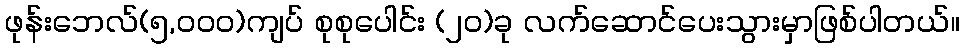
ဖုန်းဘေလ်(၅,၀၀၀)ကျပ် စုစုပေါင်း (၂၀)ခု လက်ဆောင်ပေးသွားမှာဖြစ်ပါတယ်။